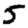
Digit: 5